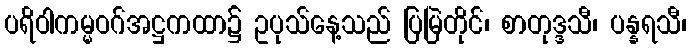
ပရိဝါကမ္မဝဂ်အဋ္ဌကထာ၌ ဥပုသ်နေ့သည် ပြမြဲတိုင်၊ စာတုဒ္ဒသီ၊ ပန္နရသီ၊